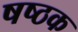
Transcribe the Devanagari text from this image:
षष्ठक